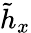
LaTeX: \tilde{h}_{x}